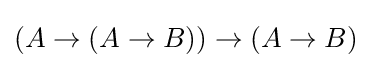
(A\to (A\to B))\to (A\to B)